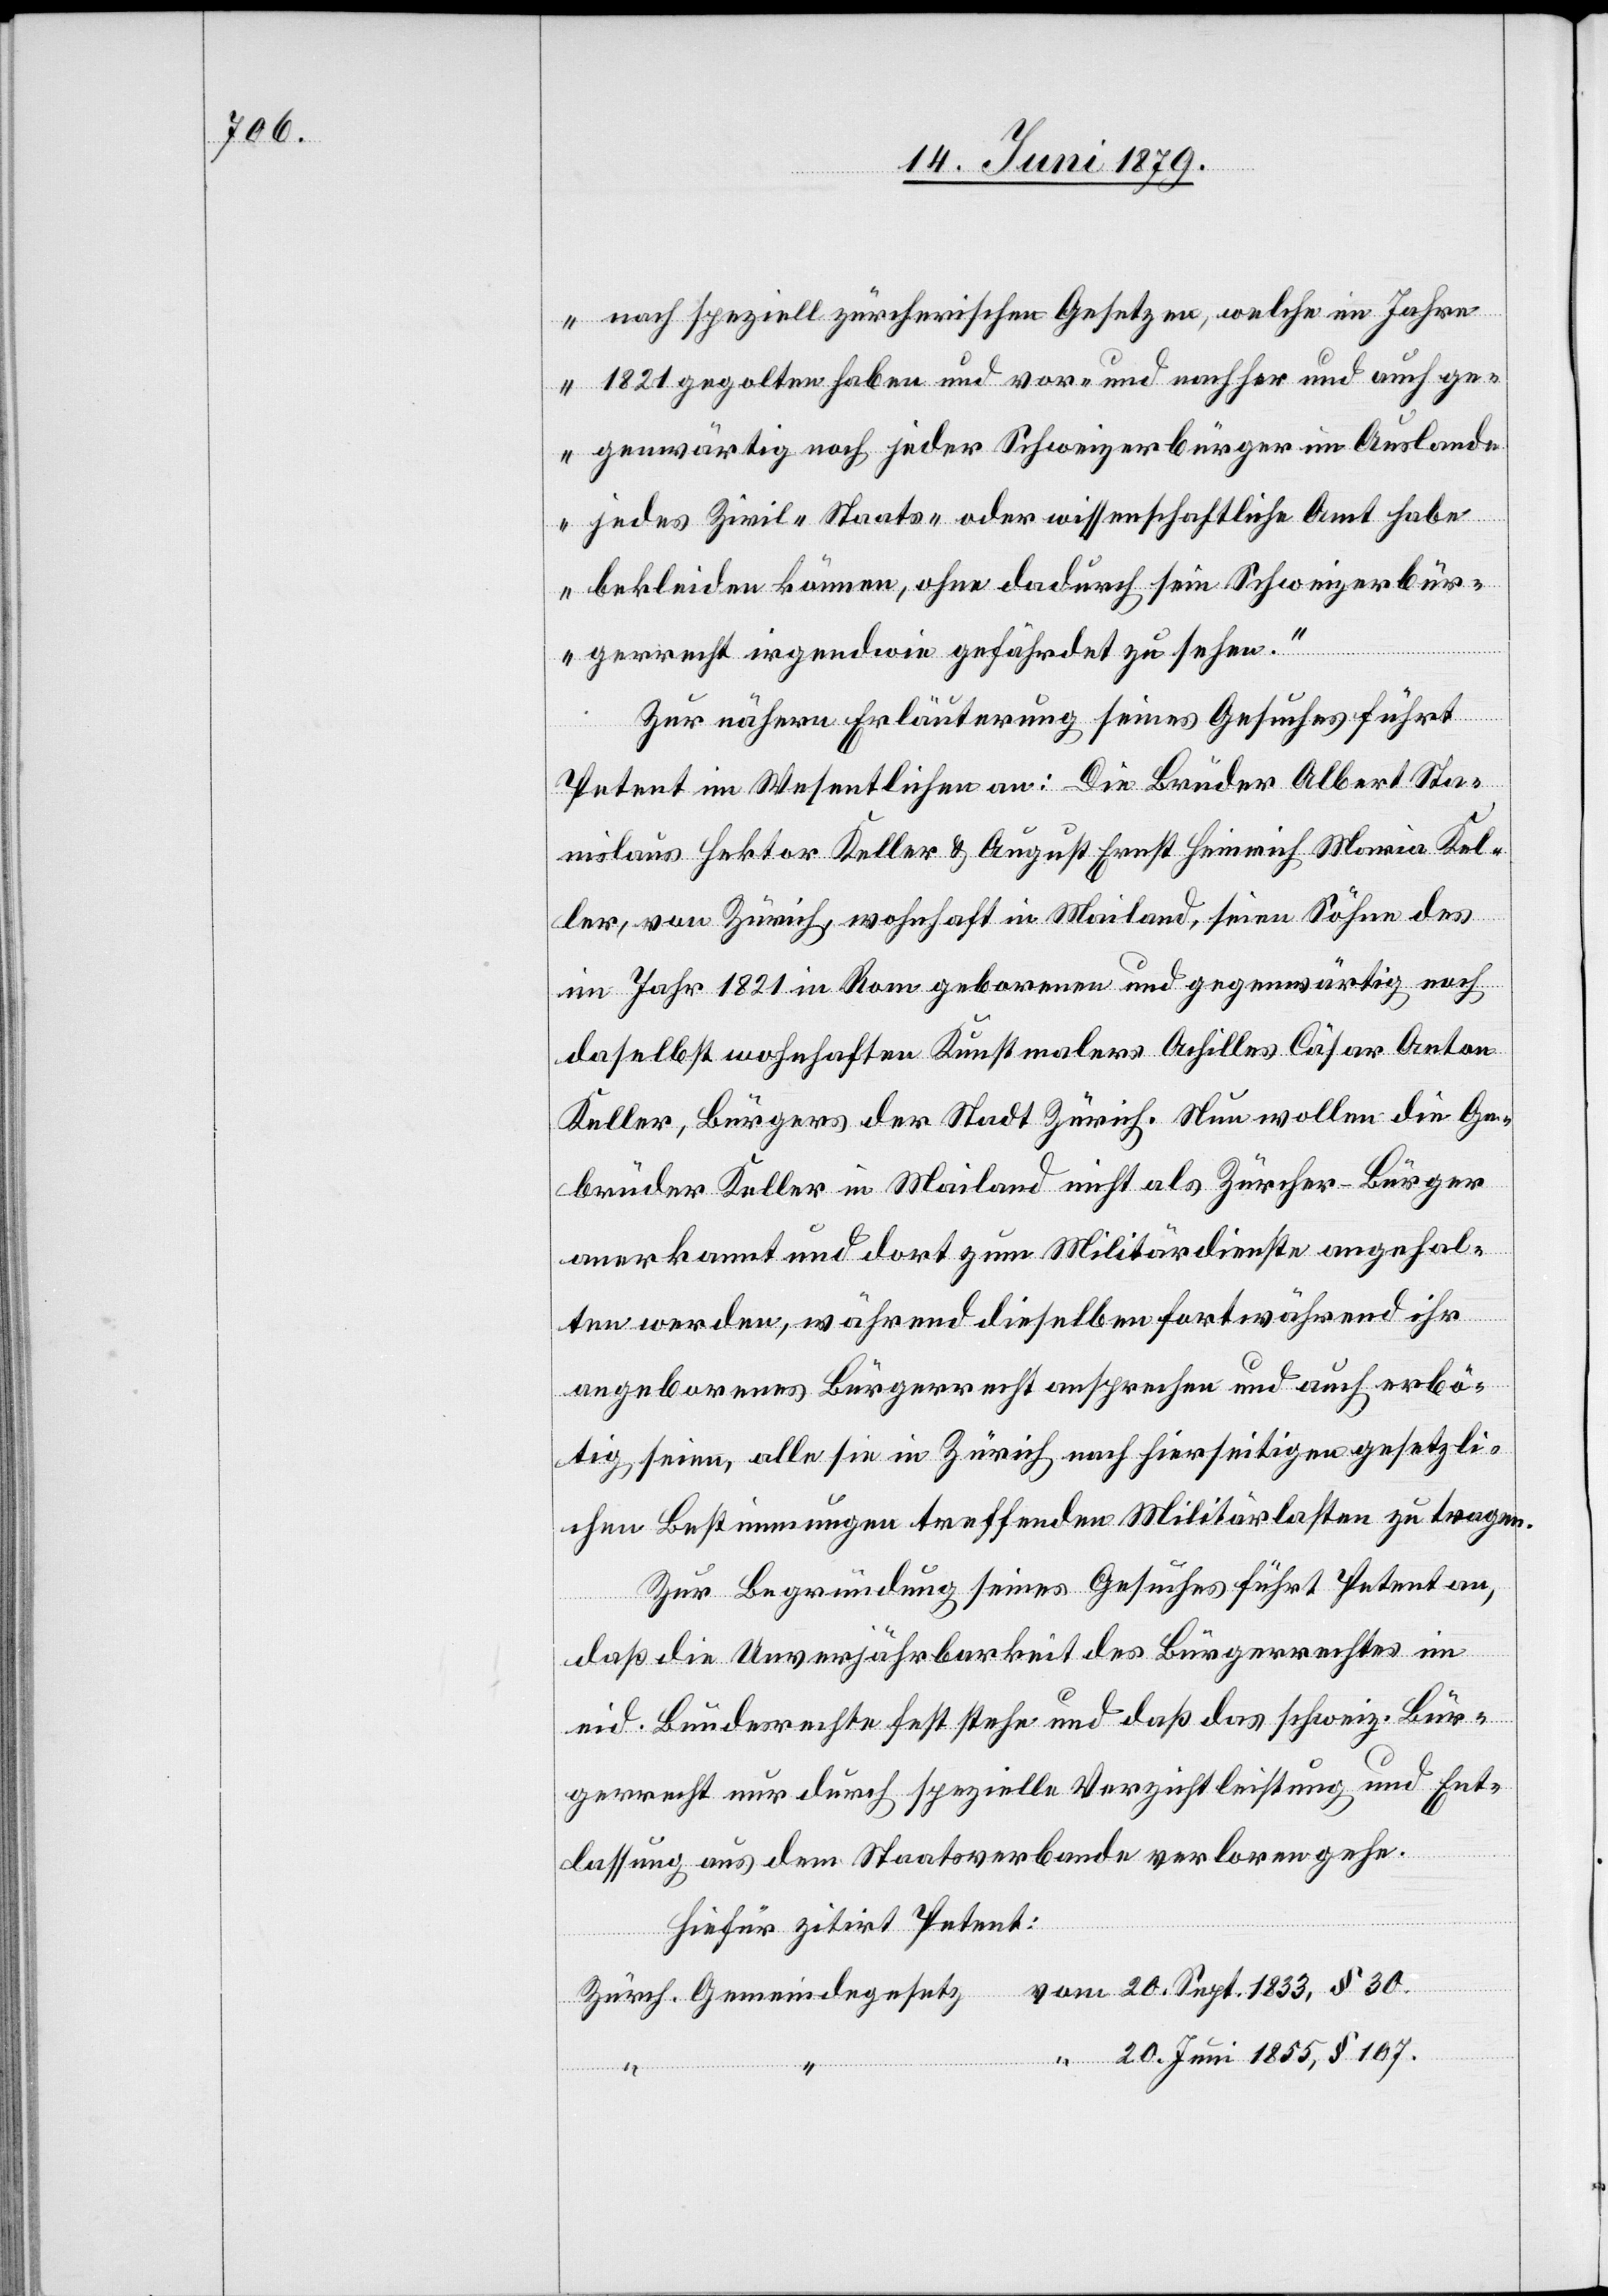
nach speziell zürcherischen Gesetzen, welche im Jahre
1821 gegolten haben und vor- und nachher und auch ge¬
genwärtig noch jeder Schweizerbürger im Auslande
jedes Zivil- Staats- oder wissenschaftliche Amt habe
bekleiden können, ohne dadurch sein Schweizerbür¬
gerrecht irgendwie gefährdet zu sehen.“
Zur nähern Erläuterung seines Gesuches führt
Petent im Wesentlichen an: Die Brüder Albert Sta¬
nislaus Hektor Keller & August Ernst Heinrich Maria Kel¬
ler, von Zürich, wohnhaft in Mailand, seien Söhne des
im Jahr 1821 in Rom geborenen und gegenwärtig noch
daselbst wohnhaften Kunstmalers Achilles Cäsar Anton
Keller, Bürgers der Stadt Zürich. Nun wollen die Ge¬
brüder Keller in Mailand nicht als Zürcher-Bürger
anerkannt und dort zum Militärdienste angehal¬
ten werden, während dieselben fortwährend ihr
angeborenes Bürgerrecht ansprechen und auch erbö¬
tig seien, alle sie in Zürich nach hierseitigen gesetzli¬
chen Bestimmungen treffenden Militärlasten zu tragen.
Zur Begründung seines Gesuches führt Petent an,
“
daß die Unverjährbarkeit des Bürgerrechtes im
eid. Bundesrechte fest stehe und daß das schweiz. Bür¬
gerrecht nur durch spezielle Verzichtleistung und Ent¬
lassung aus dem Staatsverbande verloren gehe.
Hiefür zitirt Petent:
20. Sept. 1833, § 30.
20. Juni 1855, § 107.